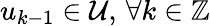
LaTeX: u_{k-1}\in\mathcal{U},\, \forall k\in\mathbb{Z}